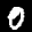
Label: 0